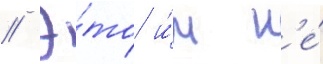
// Э́то и́м н'е́